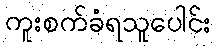
ကူးစက်ခံရသူပေါင်း